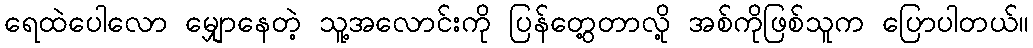
ရေထဲပေါလော မျှောနေတဲ့ သူ့အလောင်းကို ပြန်တွေ့တာလို့ အစ်ကိုဖြစ်သူက ပြောပါတယ်။